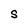
Character: S